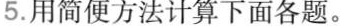
5. 用简便方法计算下面各题。